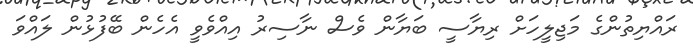
ރައްޔިތުންގެ މަޖިލީހަށް ރިޔާސީ ބަޔާން ވެސް ނާސިރު އިއްވެވީ އެހެން ބޭފުޅުން ލައްވަ